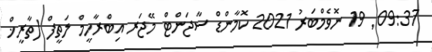
09:37